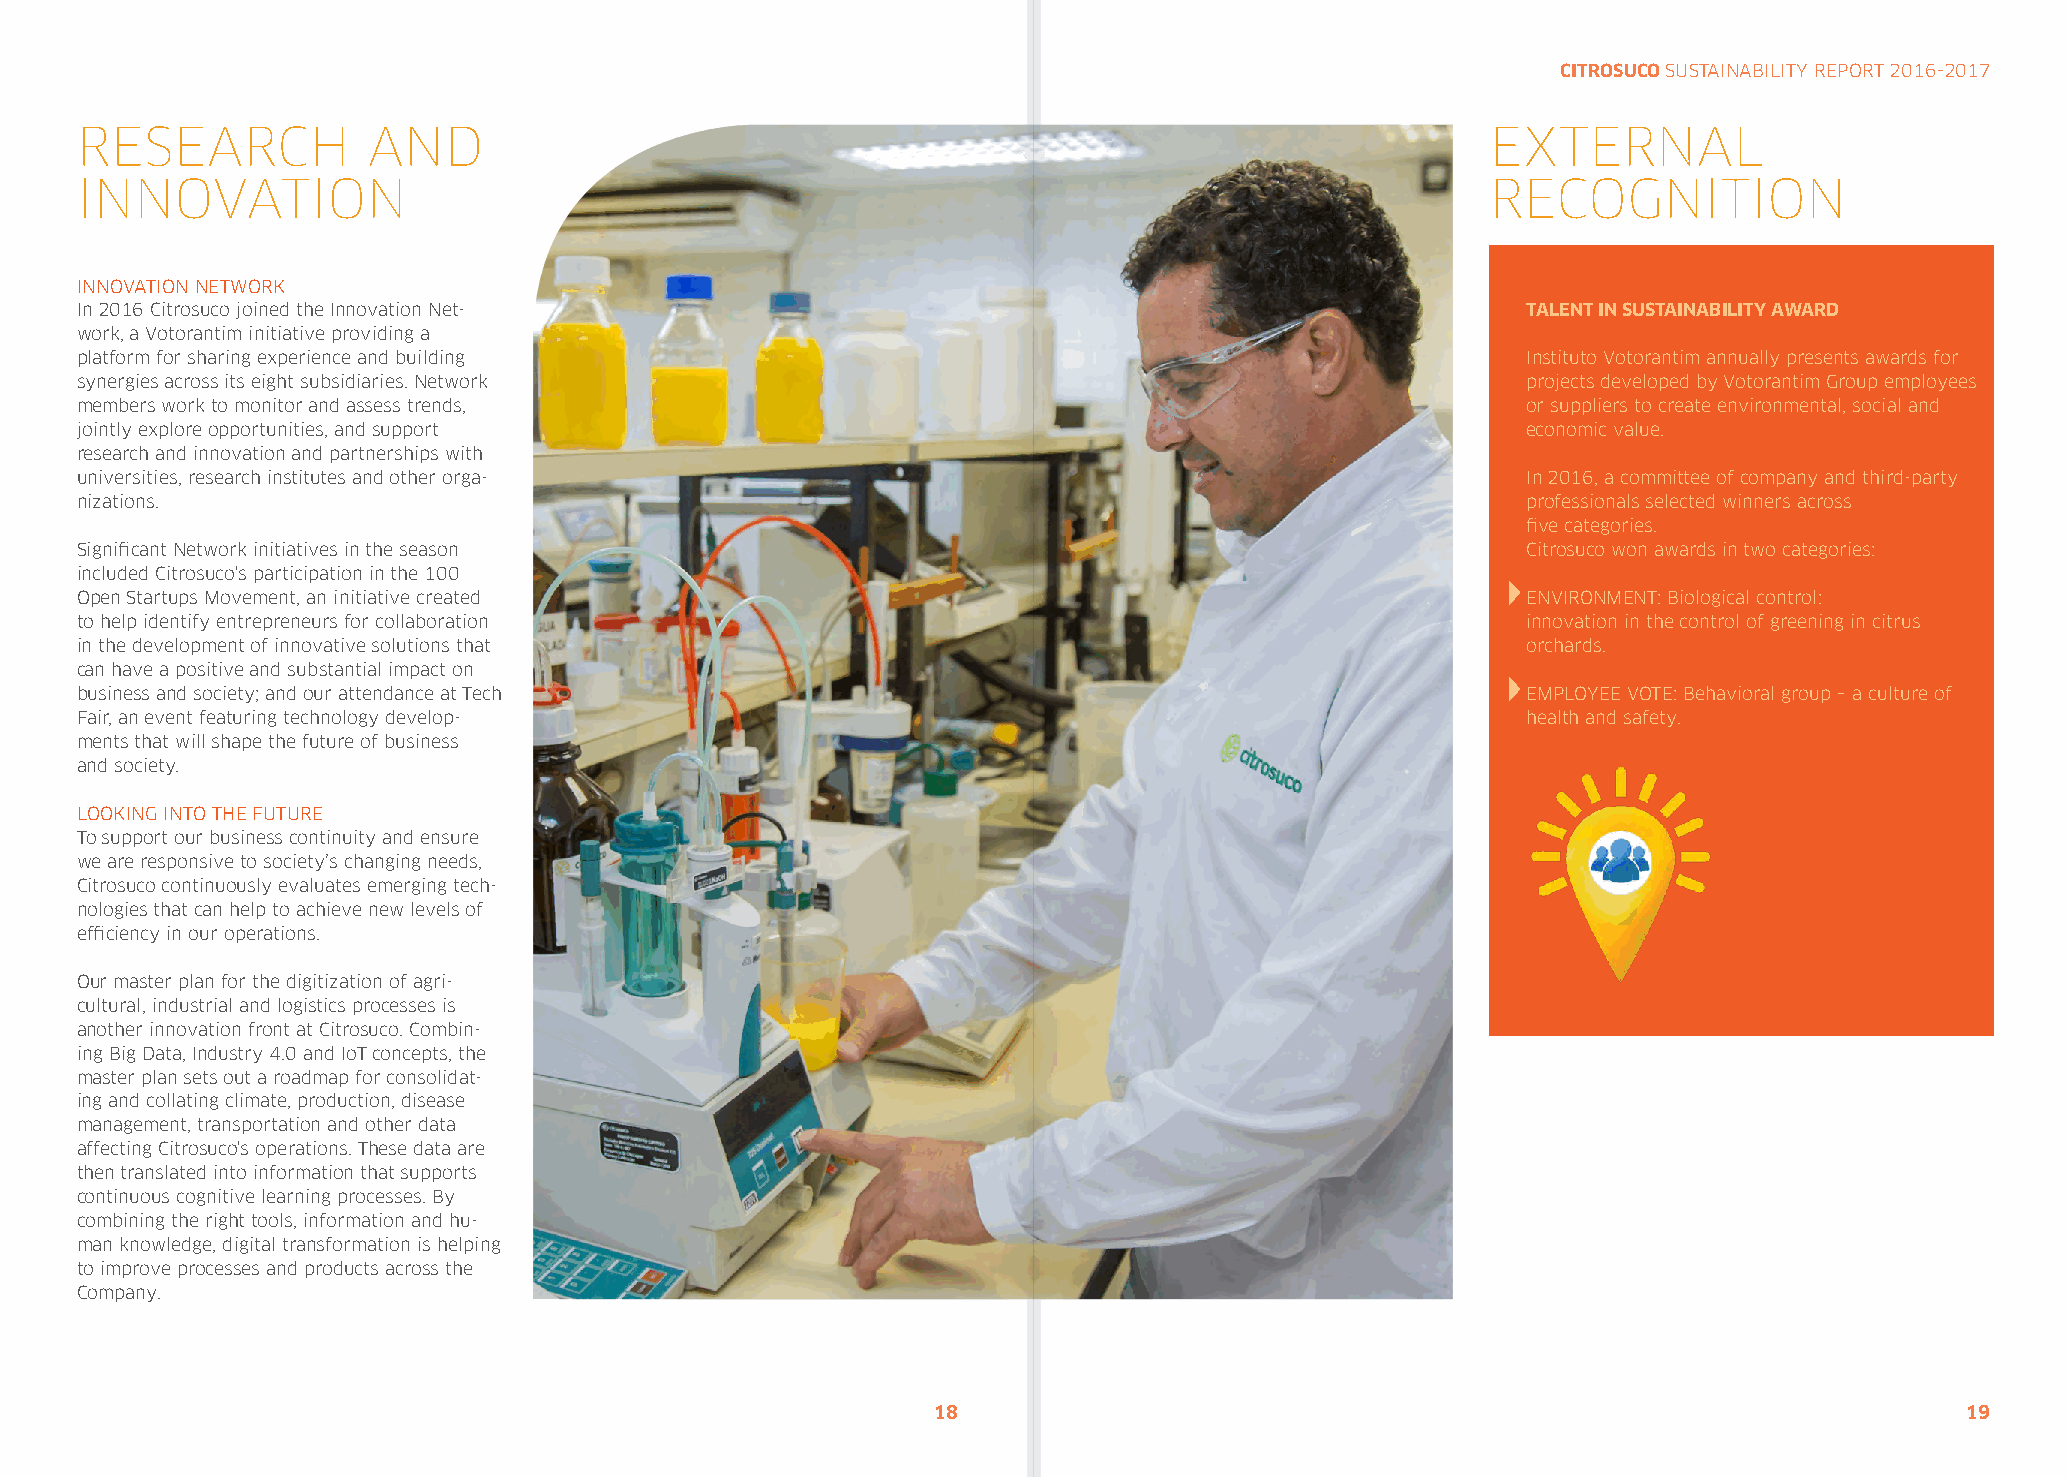
CITROSUCO SUSTAINABILITY REPORT 2016-2017
 RESEARCH           AND                                                                        EXTERNAL
 INNOVATION                                                                                    RECOGNITION
 INNOVATION NETWORK
 In 2016 Citrosuco joined the Innovation Net-                                                    TALENT IN SUSTAINABILITY AWARD
 work, a Votorantim initiative providing a
 platform for sharing experience and building                                                    Instituto Votorantim annually presents awards for
 synergies across its eight subsidiaries. Network                                                projects developed by Votorantim Group employees
 members work to monitor and assess trends,                                                      or suppliers to create environmental, social and
 jointly explore opportunities, and support                                                      economic value.
 research and innovation and partnerships with
 universities, research institutes and other orga-                                               In 2016, a committee of company and third-party
 nizations.                                                                                      professionals selected winners across
 five categories.
 Significant Network initiatives in the season                                                   Citrosuco won awards in two categories:
 included Citrosuco's participation in the 100
 Open Startups Movement, an initiative created                                                   ENVIRONMENT: Biological control:
 to help identify entrepreneurs for collaboration                                                innovation in the control of greening in citrus
 in the development of innovative solutions that                                                 orchards.
 can have a positive and substantial impact on
 business and society; and our attendance at Tech                                                EMPLOYEE VOTE: Behavioral group – a culture of
 Fair, an event featuring technology develop-                                                    health and safety.
 ments that will shape the future of business
 and society.
 LOOKING INTO THE FUTURE
 To support our business continuity and ensure
 we are responsive to society’s changing needs,
 Citrosuco continuously evaluates emerging tech-
 nologies that can help to achieve new levels of
 efficiency in our operations.
 Our master plan for the digitization of agri-
 cultural, industrial and logistics processes is
 another innovation front at Citrosuco. Combin-
 ing Big Data, Industry 4.0 and IoT concepts, the
 master plan sets out a roadmap for consolidat-
 ing and collating climate, production, disease
 management, transportation and other data
 affecting Citrosuco's operations. These data are
 then translated into information that supports
 continuous cognitive learning processes. By
 combining the right tools, information and hu-
 man knowledge, digital transformation is helping
 to improve processes and products across the
 Company.
 18                                                                  19